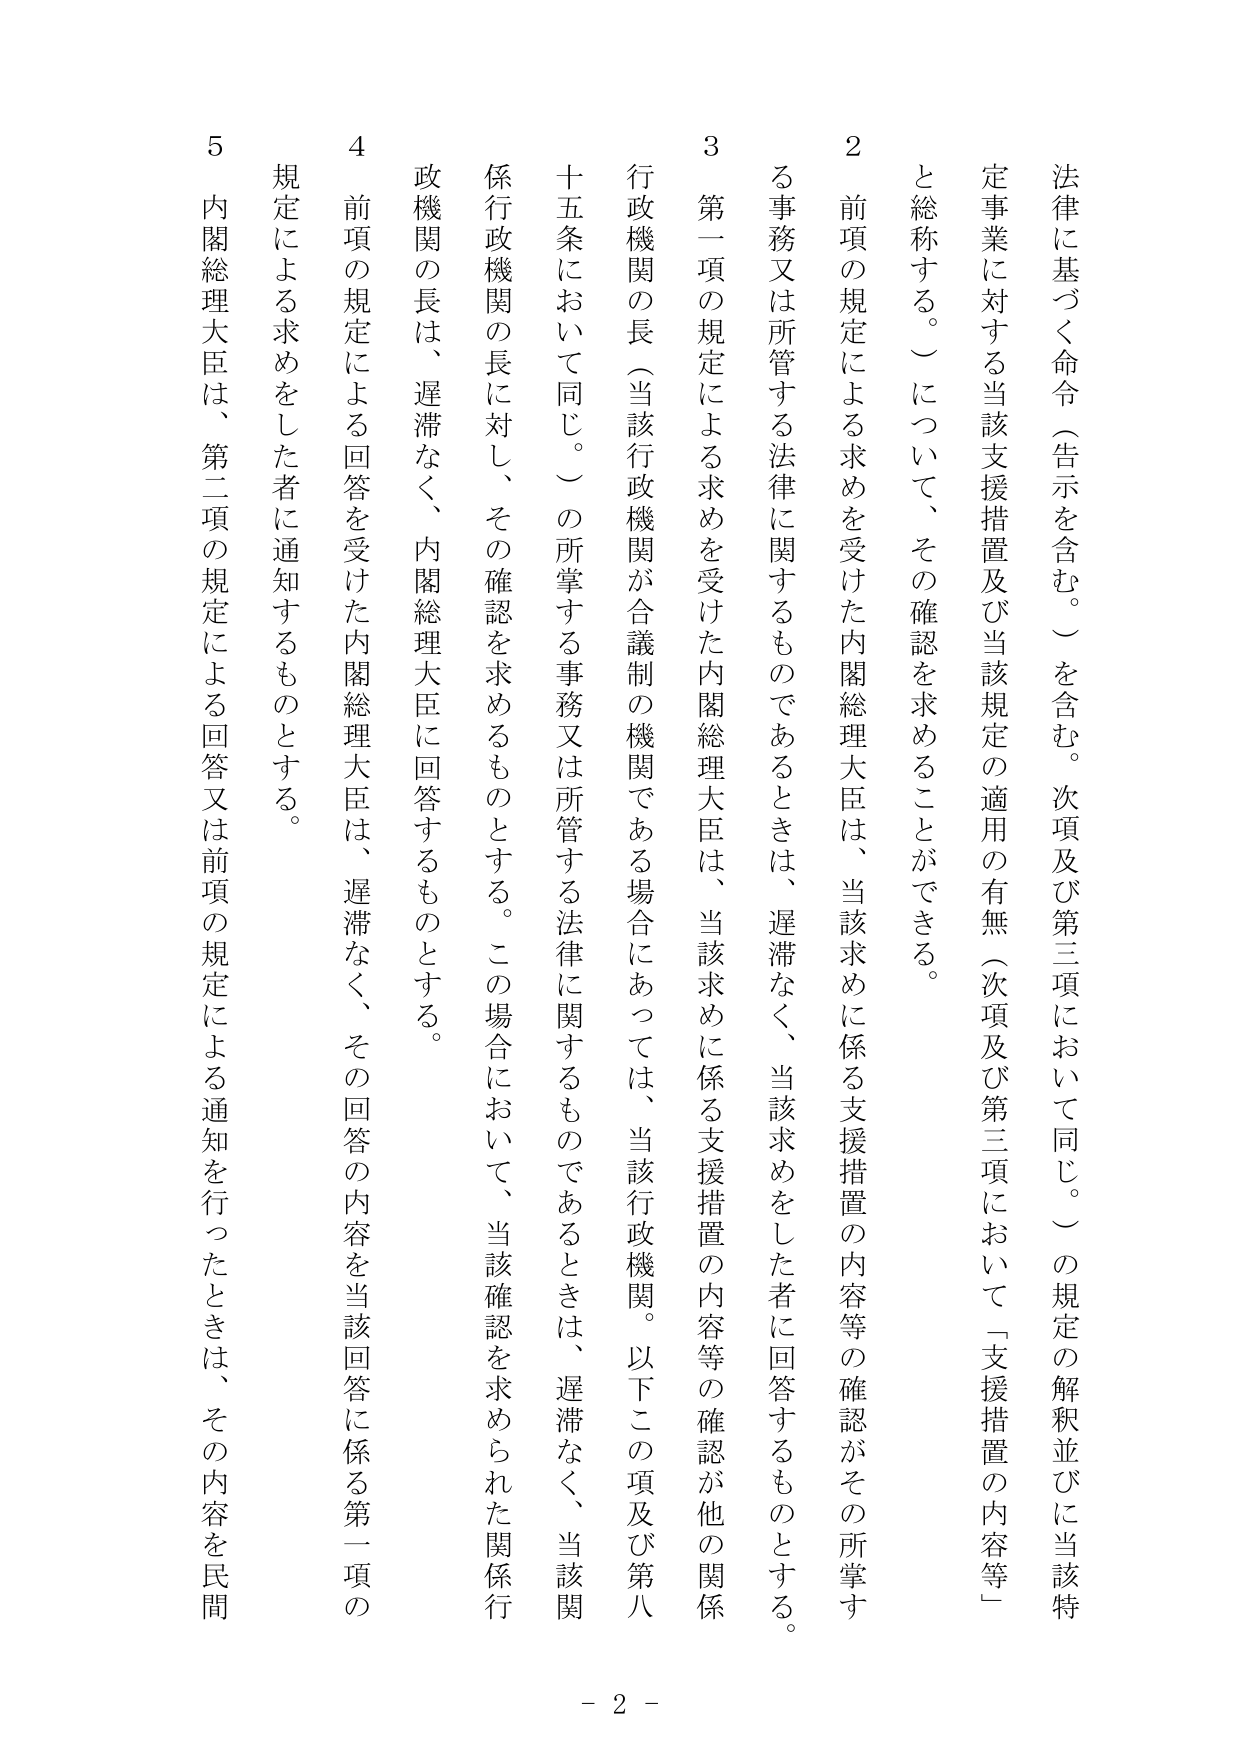
法律に基づく命令（告示を含む。）を含む。次項及び第三項において同じ。）の規定の解釈並びに当該特定事業に対する当該支援措置及び当該規定の適用の有無（次項及び第三項において「支援措置の内容等」と総称する。）について、その確認を求めることができる。

２　前項の規定による求めを受けた内閣総理大臣は、当該求めに係る支援措置の内容等の確認がその所掌する事務又は所管する法律に関するものであるときは、遅滞なく、当該求めをした者に回答するものとする。

３　第一項の規定による求めを受けた内閣総理大臣は、当該求めに係る支援措置の内容等の確認が他の関係行政機関の長（当該行政機関が合議制の機関である場合にあっては、当該行政機関。以下この項及び第八十五条において同じ。）の所掌する事務又は所管する法律に関するものであるときは、遅滞なく、当該関係行政機関の長に対し、その確認を求めるものとする。この場合において、当該確認を求められた関係行政機関の長は、遅滞なく、内閣総理大臣に回答するものとする。

４　前項の規定による回答を受けた内閣総理大臣は、遅滞なく、その回答の内容を当該回答に係る第一項の規定による求めをした者に通知するものとする。

５　内閣総理大臣は、第二項の規定による回答又は前項の規定による通知を行ったときは、その内容を民間

- 2 -